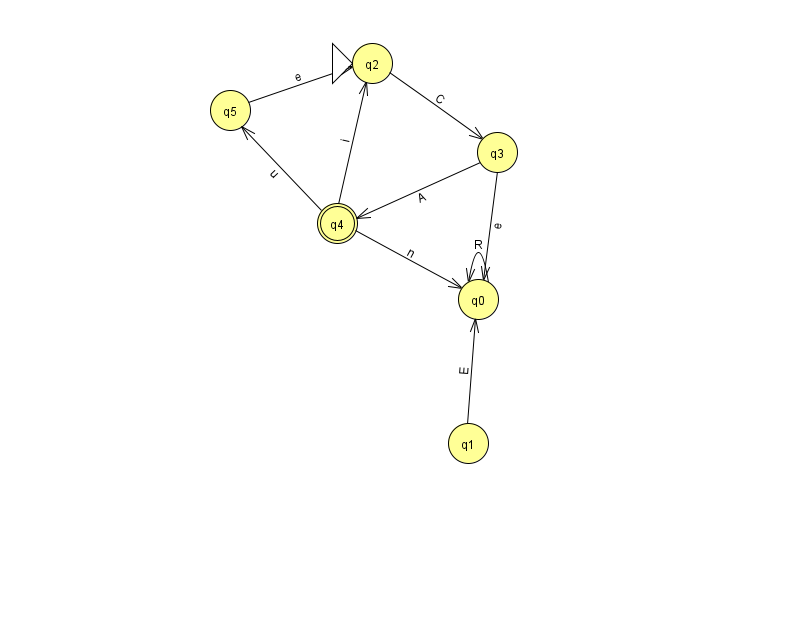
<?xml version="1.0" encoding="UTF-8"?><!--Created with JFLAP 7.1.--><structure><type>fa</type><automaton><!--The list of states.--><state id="0" name="q0"><x>478.0</x><y>286.0</y></state><state id="1" name="q1"><x>468.0</x><y>430.0</y></state><state id="2" name="q2"><x>372.0</x><y>50.0</y><initial/></state><state id="3" name="q3"><x>497.0</x><y>139.0</y></state><state id="4" name="q4"><x>337.0</x><y>210.0</y><final/></state><state id="5" name="q5"><x>230.0</x><y>97.0</y></state><!--The list of transitions.--><transition><from>0</from><to>0</to><read>R</read></transition><transition><from>1</from><to>0</to><read>E</read></transition><transition><from>4</from><to>0</to><read>n</read></transition><transition><from>3</from><to>0</to><read>e</read></transition><transition><from>2</from><to>3</to><read>C</read></transition><transition><from>5</from><to>2</to><read>e</read></transition><transition><from>3</from><to>4</to><read>A</read></transition><transition><from>4</from><to>2</to><read>i</read></transition><transition><from>4</from><to>5</to><read>u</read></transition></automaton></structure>